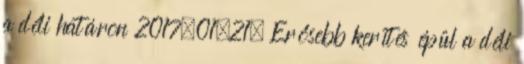
a déli határon 2017.01.21. Erősebb kerítés épül a déli